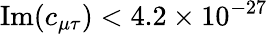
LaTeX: \mathrm{Im}(c_{\mu\tau})<4.2\times 10^{-27}